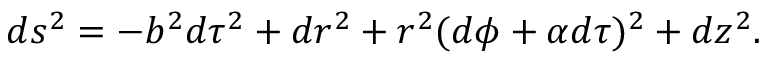
d s ^ { 2 } = - b ^ { 2 } d \tau ^ { 2 } + d r ^ { 2 } + r ^ { 2 } ( d \phi + \alpha d \tau ) ^ { 2 } + d z ^ { 2 } \space .